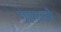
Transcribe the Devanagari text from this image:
ग्रामास्थो